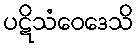
ပဋိသံဝေဒေသိ